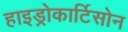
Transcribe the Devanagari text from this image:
हाइड्रोकार्टिसोन